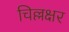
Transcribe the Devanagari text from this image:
चिल्लक्षर